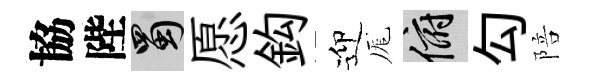
協陛蜀愿鈎迎厖俯勾陪